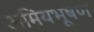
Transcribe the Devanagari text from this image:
अमियभूषण